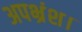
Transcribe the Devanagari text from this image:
अपभ्रंश।